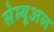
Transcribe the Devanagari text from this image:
सेम्यूअल